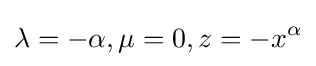
\lambda =-\alpha ,\mu =0,z=-x^{\alpha }